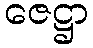
ဇေဋ္ဌာ